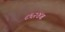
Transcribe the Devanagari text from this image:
८६२४ब